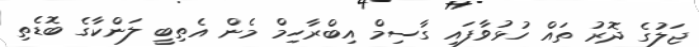
ޖަލުގެ ދޮރު ތައް ހުޅުވާފައި ގާސިމް އިބްރާހިމް މެން އެތިބީ ލަންކާގެ ބޮޑެތި